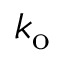
k _ { \mathrm { o } }